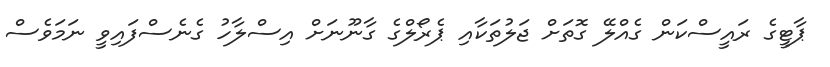
ޕާޓީގެ ރައީސްކަން ގެއްލޭ ގޮތަށް ޖަލުތަކާއި ޕެރޯލްގެ ގާނޫނަށް އިސްލާހު ގެނެސްފައިވީ ނަމަވެސް